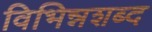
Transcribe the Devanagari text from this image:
विभिन्नशब्द